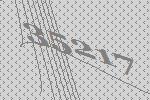
35217